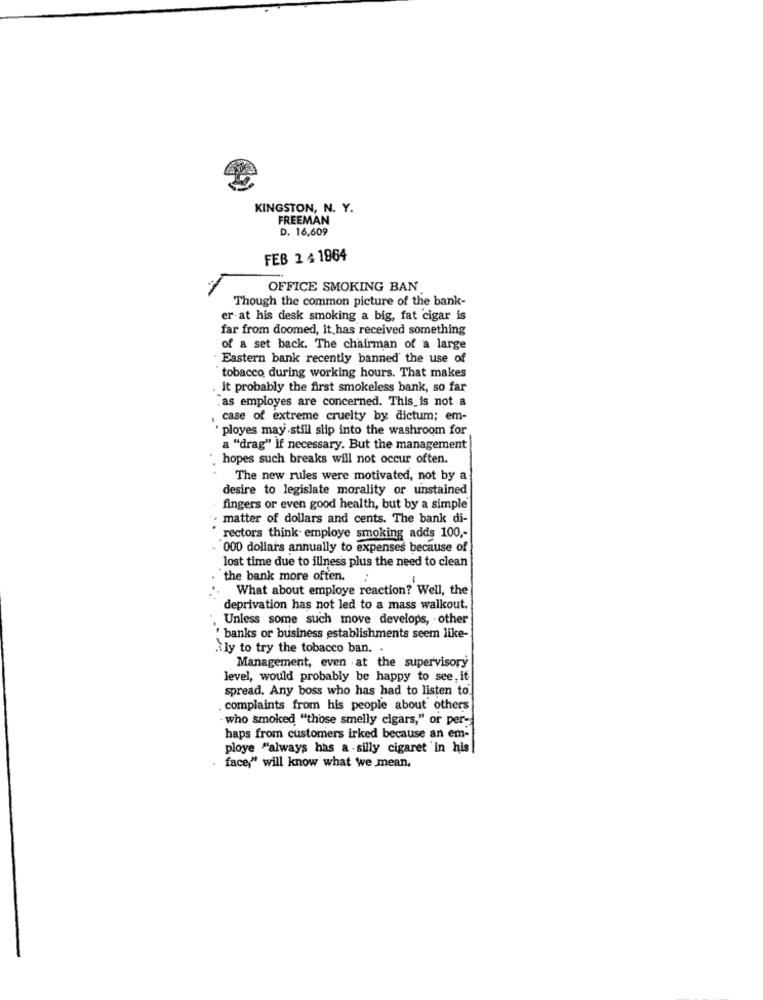
KINGSTON, N. Y.
FREEMAN
D. 16,609
FEB 2 4 1964
OFFICE SMOKING BAN
Though the common picture of the bank-
er-at his desk smoking a big, fat cigar is
far from doomed, It has received something
of a set back. The chairman of a large
. Eastern bank recently banned' the use of
tobacco during working hours. That makes
it probably the first smokeless bank, so far
as employes are concerned. This is not a
case of extreme cruelty by dictum; em-
ployes may still slip into the washroom for
a "drag" if necessary. But the management
hopes such breaks will not occur often.
The new rules were motivated, not by a
desire to legislate morality or unstained
fingers or even good health, but by a simple'
matter of dollars and cents. The bank di-
rectors think employe smoking adds 100 ,-
- 000 dollars annually to expenses because of
lost time due to illness plus the need to clean
the bank more often.
What about employe reaction? Well, the
deprivation has not led to a mass walkout.
Unless some such move develops, other
' banks or business establishments seem like-
.ily to try the tobacco ban.
Management, even . at the supervisory
level, would probably be happy to see, it
spread. Any boss who has had to listen to.
complaints from his people about others
- who smoked "those smelly cigars," or per-
haps from customers irked because an em-
ploye "always has a . silly cigaret 'in his
face," will know what we mean.